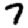
Digit: 7